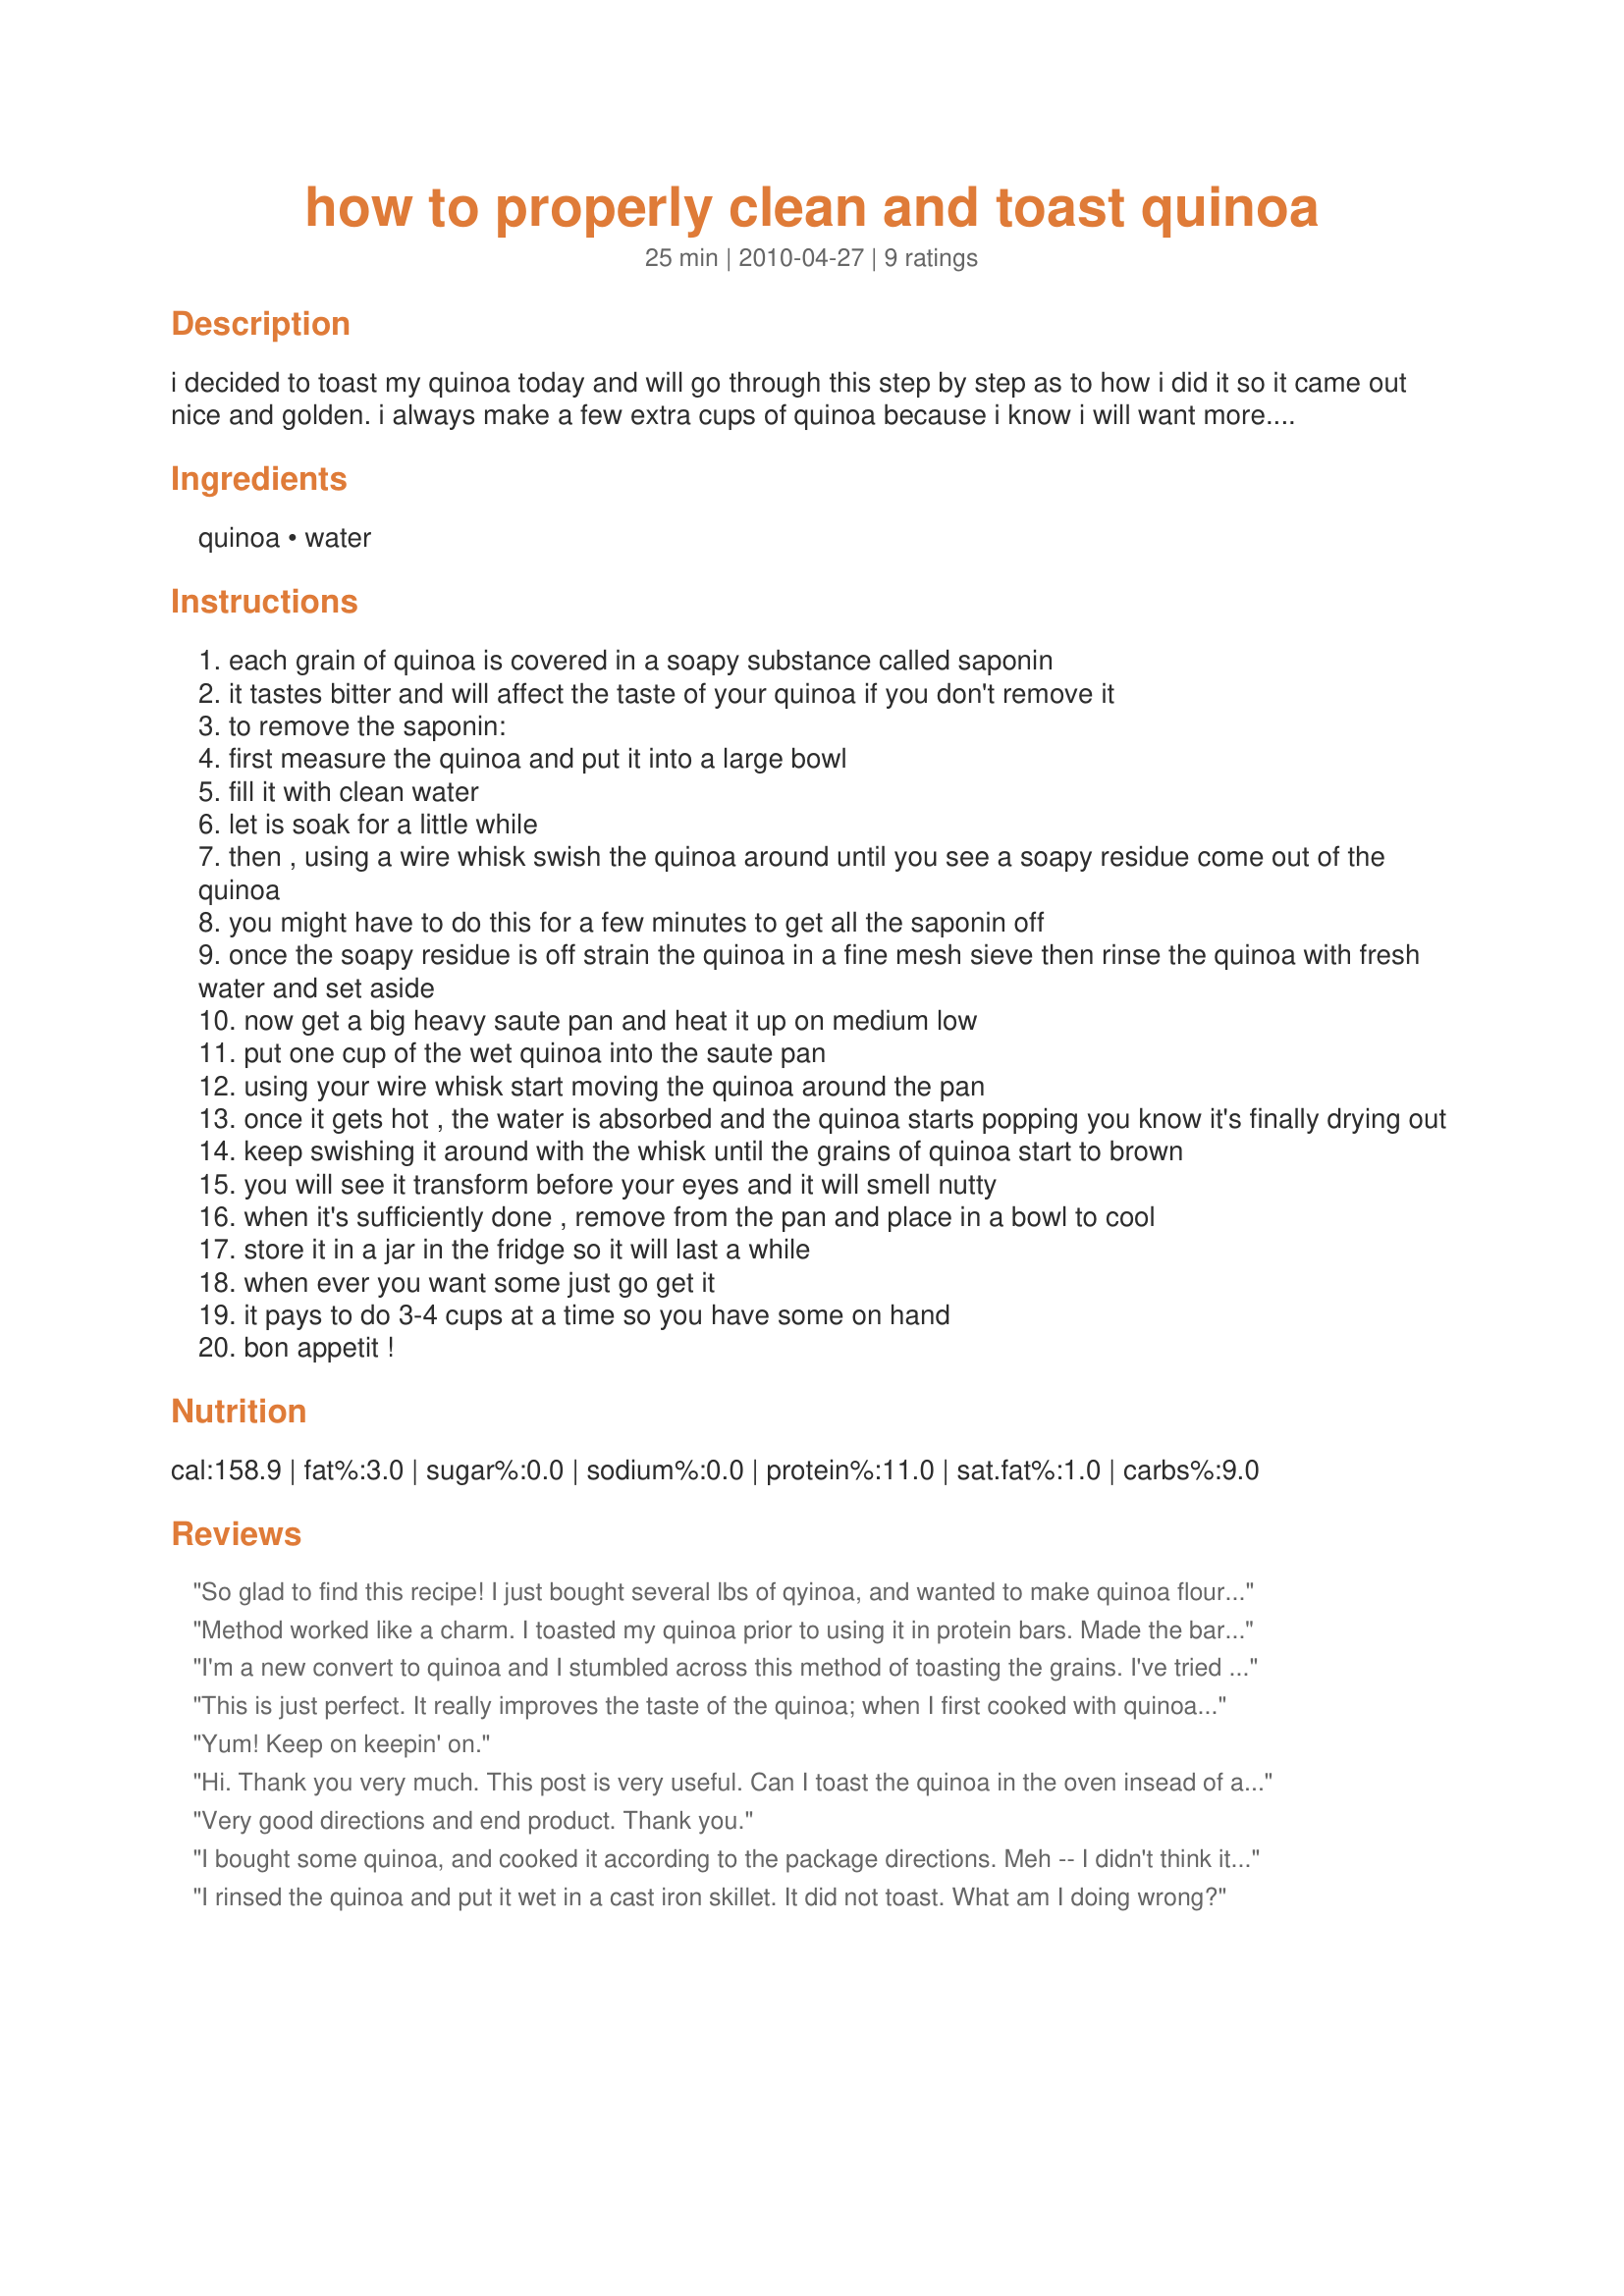
how to properly clean and toast quinoa
Preparation time: 25 minutes

i decided to toast my quinoa today and will go through this step by step as to how i did it so it came out nice and golden. i always make a few extra cups of quinoa because i know i will want more. it takes time to do this right, but it is worth the effort in the long run.

Ingredients:
quinoa, water

Steps:
each grain of quinoa is covered in a soapy substance called saponin
it tastes bitter and will affect the taste of your quinoa if you don't remove it
to remove the saponin:
first measure the quinoa and put it into a large bowl
fill it with clean water
let is soak for a little while
then , using a wire whisk swish the quinoa around until you see a soapy residue come out of the quinoa
you might have to do this for a few minutes to get all the saponin off
once the soapy residue is off strain the quinoa in a fine mesh sieve then rinse the quinoa with fresh water and set aside
now get a big heavy saute pan and heat it up on medium low
put one cup of the wet quinoa into the saute pan
using your wire whisk start moving the quinoa around the pan
once it gets hot , the water is absorbed and the quinoa starts popping you know it's finally drying out
keep swishing it around with the whisk until the grains of quinoa start to brown
you will see it transform before your eyes and it will smell nutty
when it's sufficiently done , remove from the pan and place in a bowl to cool
store it in a jar in the fridge so it will last a while
when ever you want some just go get it
it pays to do 3-4 cups at a time so you have some on hand
bon appetit !

Reviews:
So glad to find this recipe! I just bought several lbs of qyinoa, and wanted to make quinoa flour. Then I learned it needs to be toasted before it is ground. Alternatively, you can melt chocolate (I use extremely dark chocolate) and stir in toasted quinoa. Pour into parchment lined pan, let it set, and you have something similar to a Nestle Crunch bar. Yummy!
Method worked like a charm. I toasted my quinoa prior to using it in protein bars. Made the bars so much better! Highly recommend toasting!
I'm a new convert to quinoa and I stumbled across this method of toasting the grains. I've tried quinoa both ways but toasty is best! It's a bit of extra work, but I do three or four cups at a time and store the toasted grains, once cooled, in the fridge, as suggested. I have passed this suggestion/recipe on to my quinoa-loving friends. This is great! Thank you.
This is just perfect. It really improves the taste of the quinoa; when I first cooked with quinoa I thought I did something wrong until a friend told me I wasn't rinsing it properly. Did this for a few cups of quinoa I bought in bulk; put the nice toasty ones in a jar to save time in the future. These steps worked out just perfect, thanks for posting.
Yum! Keep on keepin' on.
Hi. Thank you very much. This post is very useful. Can I toast the quinoa in the oven insead of a pan?
Very good directions and end product. Thank you.
I bought some quinoa, and cooked it according to the package directions. Meh -- I didn't think it was anything special. But i recently purchased a spinach salad kit, which included a packet of toasted quinoa. It did not resemble the cooked variety at all, I could eat quinoa like that all the time! I found your directions for preparing toasted quinoa with a simple internet search, and I'm so grateful! Thank you.
I rinsed the quinoa and put it wet in a cast iron skillet. It did not toast. What am I doing wrong?
